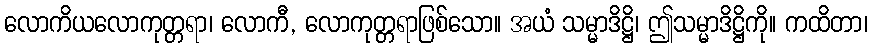
လောကိယလောကုတ္တရာ၊ လောကီ, လောကုတ္တရာဖြစ်သော။ အယံ သမ္မာဒိဋ္ဌိ၊ ဤသမ္မာဒိဋ္ဌိကို။ ကထိတာ၊